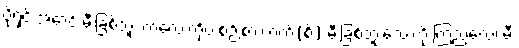
ပိုရှင်းအောင် မီးခြစ်ဘူး ကလေးကိုပဲ စဉ်းစား၊ ဂက်(စ်) မီးခြစ်ဘူးလေးကို ကြည့်လေ၊ မီး